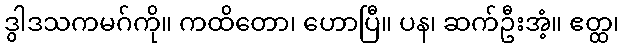
ဒွါဒသကမဂ်ကို။ ကထိတော၊ ဟောပြီ။ ပန၊ ဆက်ဦးအံ့။ ဧတ္ထ၊